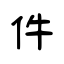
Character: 件